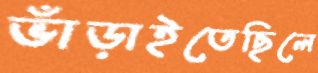
ভাঁড়াইতেছিলে